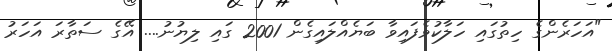
"އަހަރެންގެ ހިތުގައި ހަލާކުވެފައިވާ ބަޔެއްލައިގެން 2001 ގައި ލިޔުނު.... އޭގެ ސަތާރަ އަހަރު